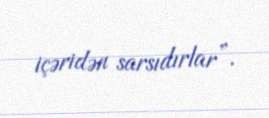
içəridən sarsıdırlar”.